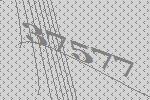
37577